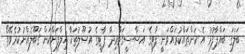
ބަލަގަ ބައްޕާފުޅު އެ ކަންތައްކުރައްވަނީ ޕާޓީގެ އަސާސީޤަވާޢިދާ ޕާޓީގެ އުޞޫލުތަކާ ޚިލާފަށްކަން ޤަބޫލެއްނުކުރެވޭތޯ